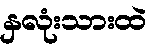
နှလုံးသားထဲ